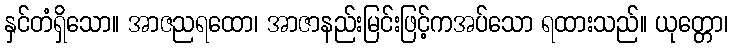
နှင်တံရှိသော။ အာဇညရထော၊ အာဇာနည်းမြင်းဖြင့်ကအပ်သော ရထားသည်။ ယုတ္တော၊